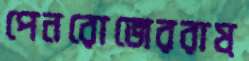
পেনরোজেররাষ্